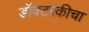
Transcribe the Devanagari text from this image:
डॉक्टरकीचा